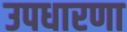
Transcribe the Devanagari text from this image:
उपधारणा